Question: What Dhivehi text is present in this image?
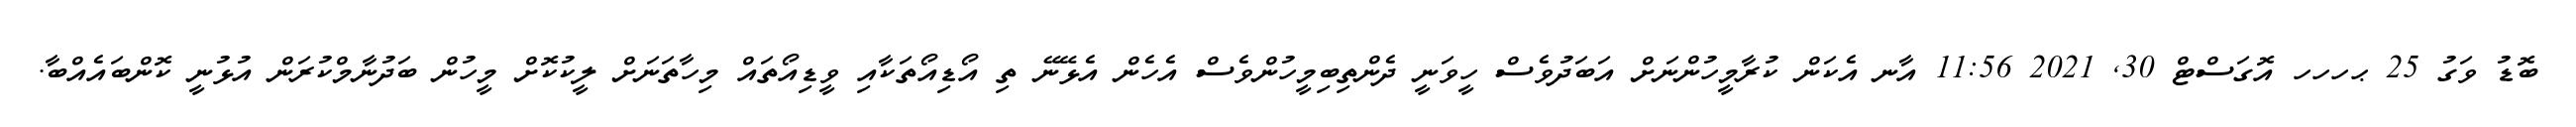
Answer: ބޮޑު ވަގު 25 ޙހހހ އޮގަސްޓް 30, 2021 11:56 އާނ އެކަން ކުރާމީހުންނަށް އަބަދުވެސް ހީވަނީ ދެންތިބިމީހުންވެސް އެހެން އެޅޭނޭ ތި އޯޑިއޯތަކާއި ވީޑިއޯތައް މިހާތަނަށް ލީކުކޮށް މީހުން ބަދުނާމްކުރަން އުޅުނީ ކޮންބައެއްބާ.